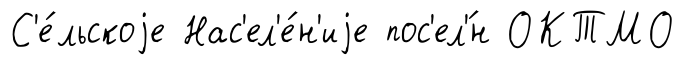
С'е́льскоjе Нас'ел'е́н'иjе пос'ел'́н ОКТМО